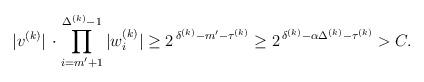
LaTeX: \begin{align*}|v^{(k)}|\,\cdot\prod_{i=m'+1}^{\Delta^{(k)}-1}|w^{(k)}_i|\ge 2^{\,\delta ^{(k)}-m'-\tau ^{(k)}}\ge 2^{\,\delta ^{(k)}-\alpha \Delta ^{(k)}-\tau ^{(k)}}>C.\end{align*}